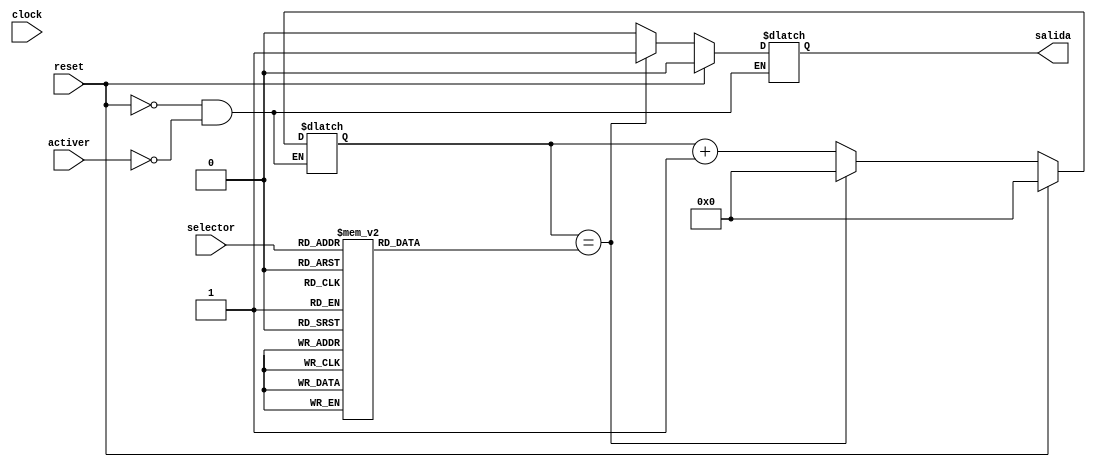
module timer(input wire reset,
             input wire activer,
             input wire clock,
	     input wire [2:0] selector,
             output wire salida);

reg [9:0] counter;
reg [13:0] datselector;
reg active;

always@(clock) begin
  if (reset) begin
   counter <= 0;
   active <= 0;
  end else begin
    if (activer) begin   
      if ( counter == datselector) begin
        counter <= 0;
        active <= 1;
      end else begin
        counter<= counter + 1;	
	    active <= 0;
	  end
	end
  end
end
always@(selector) begin
  case (selector)
    3'b000: begin
	  datselector <= 127; //al 64 ciclo
	end
	3'b001:begin
	  datselector <= 255; //al 128 ciclo
	end
	3'b010: begin
	  datselector <= 511; // 256
	end
	3'b011:begin
	  datselector <= 1023; // 512 
	end
	3'b100: begin
	  datselector <= 2047; // 1024
	end
	3'b101:begin
	  datselector <= 4095; // 2048
	end
	3'b110: begin
	  datselector <= 8191; // 4096
	end
	3'b111:begin
	  datselector <= 16383; // 8192
	end
  endcase
end

assign salida = active;



endmodule